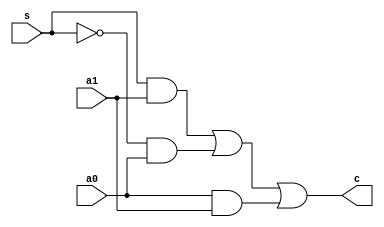
module Mux_1to2_1bit(a0,a1,c,s);
	input a0,a1,s;
	output c;
	assign c=(s&a1)|((~s)&a0)|(a0&a1);
endmodule